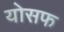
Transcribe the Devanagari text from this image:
योसफ